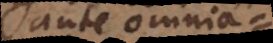
ante omnia